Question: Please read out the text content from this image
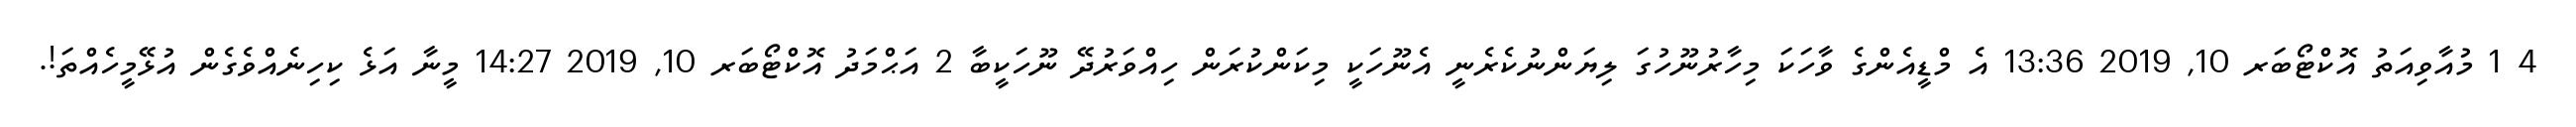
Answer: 4 1 މުއާވިއަތު އޮކްޓޯބަރ 10, 2019 13:36 އެ މްޑީއެންގެ ވާހަކަ މިހާރުނޫހުގަ ލިޔަންނުކެރެނީ އެނޫހަކީ މިކަންކުރަން ހިއްވަރުދޭ ނޫހަކީބާ 2 އަޙްމަދު އޮކްޓޯބަރ 10, 2019 14:27 މީނާ އަޅެ ކިހިނެއްވެގެން އުޅޭމީހެއްތަ!.